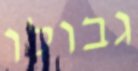
גבולו